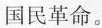
国民革命。